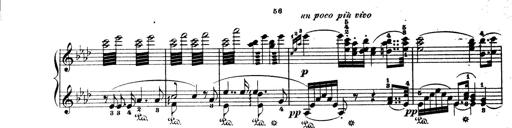
Title: Wagner-Liszt Album
Composer: Franz Liszt